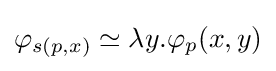
\varphi _{s(p,x)}\simeq \lambda y.\varphi _{p}(x,y)